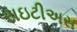
રાઇટીઅસ